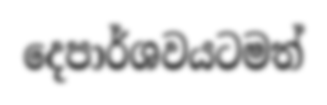
දෙපාර්ශවයටමත්